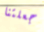
جعلتنا